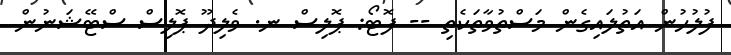
ފުލުހުން އަތުލައިގެން މަސްތުވާތަކެތި -- ފޮޓޯ: ޕޮލިސް ނ. ވެލިދޫ ޕޮލިސް ސްޓޭޝަނުން